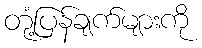
တုံ့ပြန်ချက်များကို